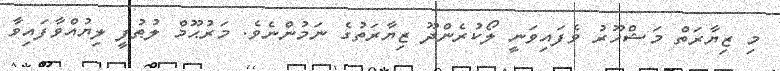
މި ޒިޔާރަތް މަޝްހޫރު ވެފައިވަނީ ލޯކުރެންދޫ ޒިޔާރަތުގެ ނަމުންނެވެ. މަރުޙޫމް ލުޠުފީ ލިޔުއްވާފައިވާ